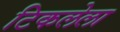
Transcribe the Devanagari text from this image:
टिकलेला